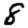
Digit: 8